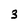
Character: 3